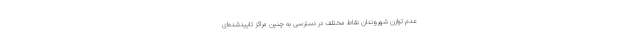
عدم توازن شهروندان نقاط مختلف در دسترسی به چنین مراکز تاییدشده‌ای